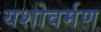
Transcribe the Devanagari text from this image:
यशोवर्मण